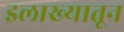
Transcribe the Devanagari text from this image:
इलाख्यातून